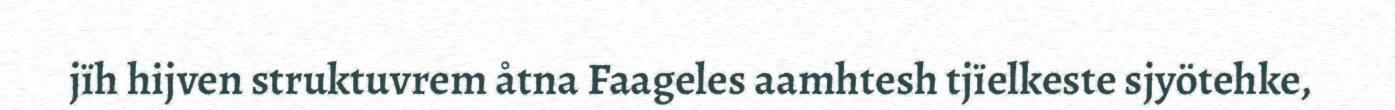
jïh hijven struktuvrem åtna Faageles aamhtesh tjïelkeste sjyötehke,